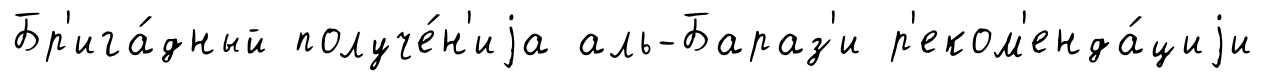
Бр'ига́дный получе́н'иjа аль-Бараз'и р'еком'енда́циjи